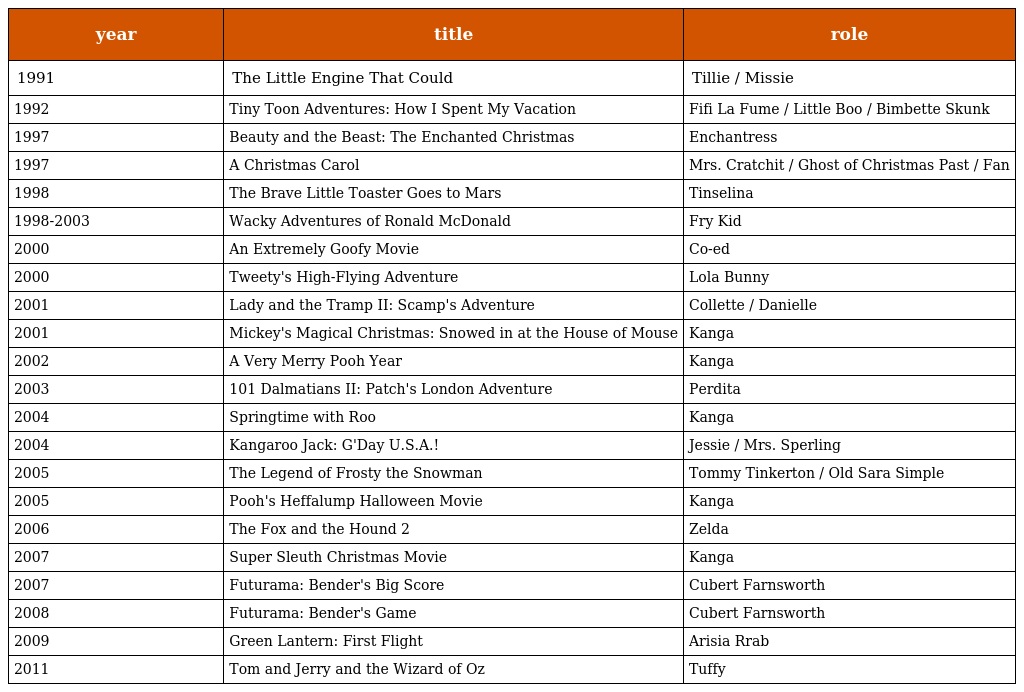
| year | title | role |
 | --- | --- | --- |
 | 1991 | The Little Engine That Could | Tillie / Missie |
 | 1992 | Tiny Toon Adventures: How I Spent My Vacation | Fifi La Fume / Little Boo / Bimbette Skunk |
 | 1997 | Beauty and the Beast: The Enchanted Christmas | Enchantress |
 | 1997 | A Christmas Carol | Mrs. Cratchit / Ghost of Christmas Past / Fan |
 | 1998 | The Brave Little Toaster Goes to Mars | Tinselina |
 | 1998-2003 | Wacky Adventures of Ronald McDonald | Fry Kid |
 | 2000 | An Extremely Goofy Movie | Co-ed |
 | 2000 | Tweety's High-Flying Adventure | Lola Bunny |
 | 2001 | Lady and the Tramp II: Scamp's Adventure | Collette / Danielle |
 | 2001 | Mickey's Magical Christmas: Snowed in at the House of Mouse | Kanga |
 | 2002 | A Very Merry Pooh Year | Kanga |
 | 2003 | 101 Dalmatians II: Patch's London Adventure | Perdita |
 | 2004 | Springtime with Roo | Kanga |
 | 2004 | Kangaroo Jack: G'Day U.S.A.! | Jessie / Mrs. Sperling |
 | 2005 | The Legend of Frosty the Snowman | Tommy Tinkerton / Old Sara Simple |
 | 2005 | Pooh's Heffalump Halloween Movie | Kanga |
 | 2006 | The Fox and the Hound 2 | Zelda |
 | 2007 | Super Sleuth Christmas Movie | Kanga |
 | 2007 | Futurama: Bender's Big Score | Cubert Farnsworth |
 | 2008 | Futurama: Bender's Game | Cubert Farnsworth |
 | 2009 | Green Lantern: First Flight | Arisia Rrab |
 | 2011 | Tom and Jerry and the Wizard of Oz | Tuffy |